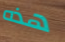
هذه